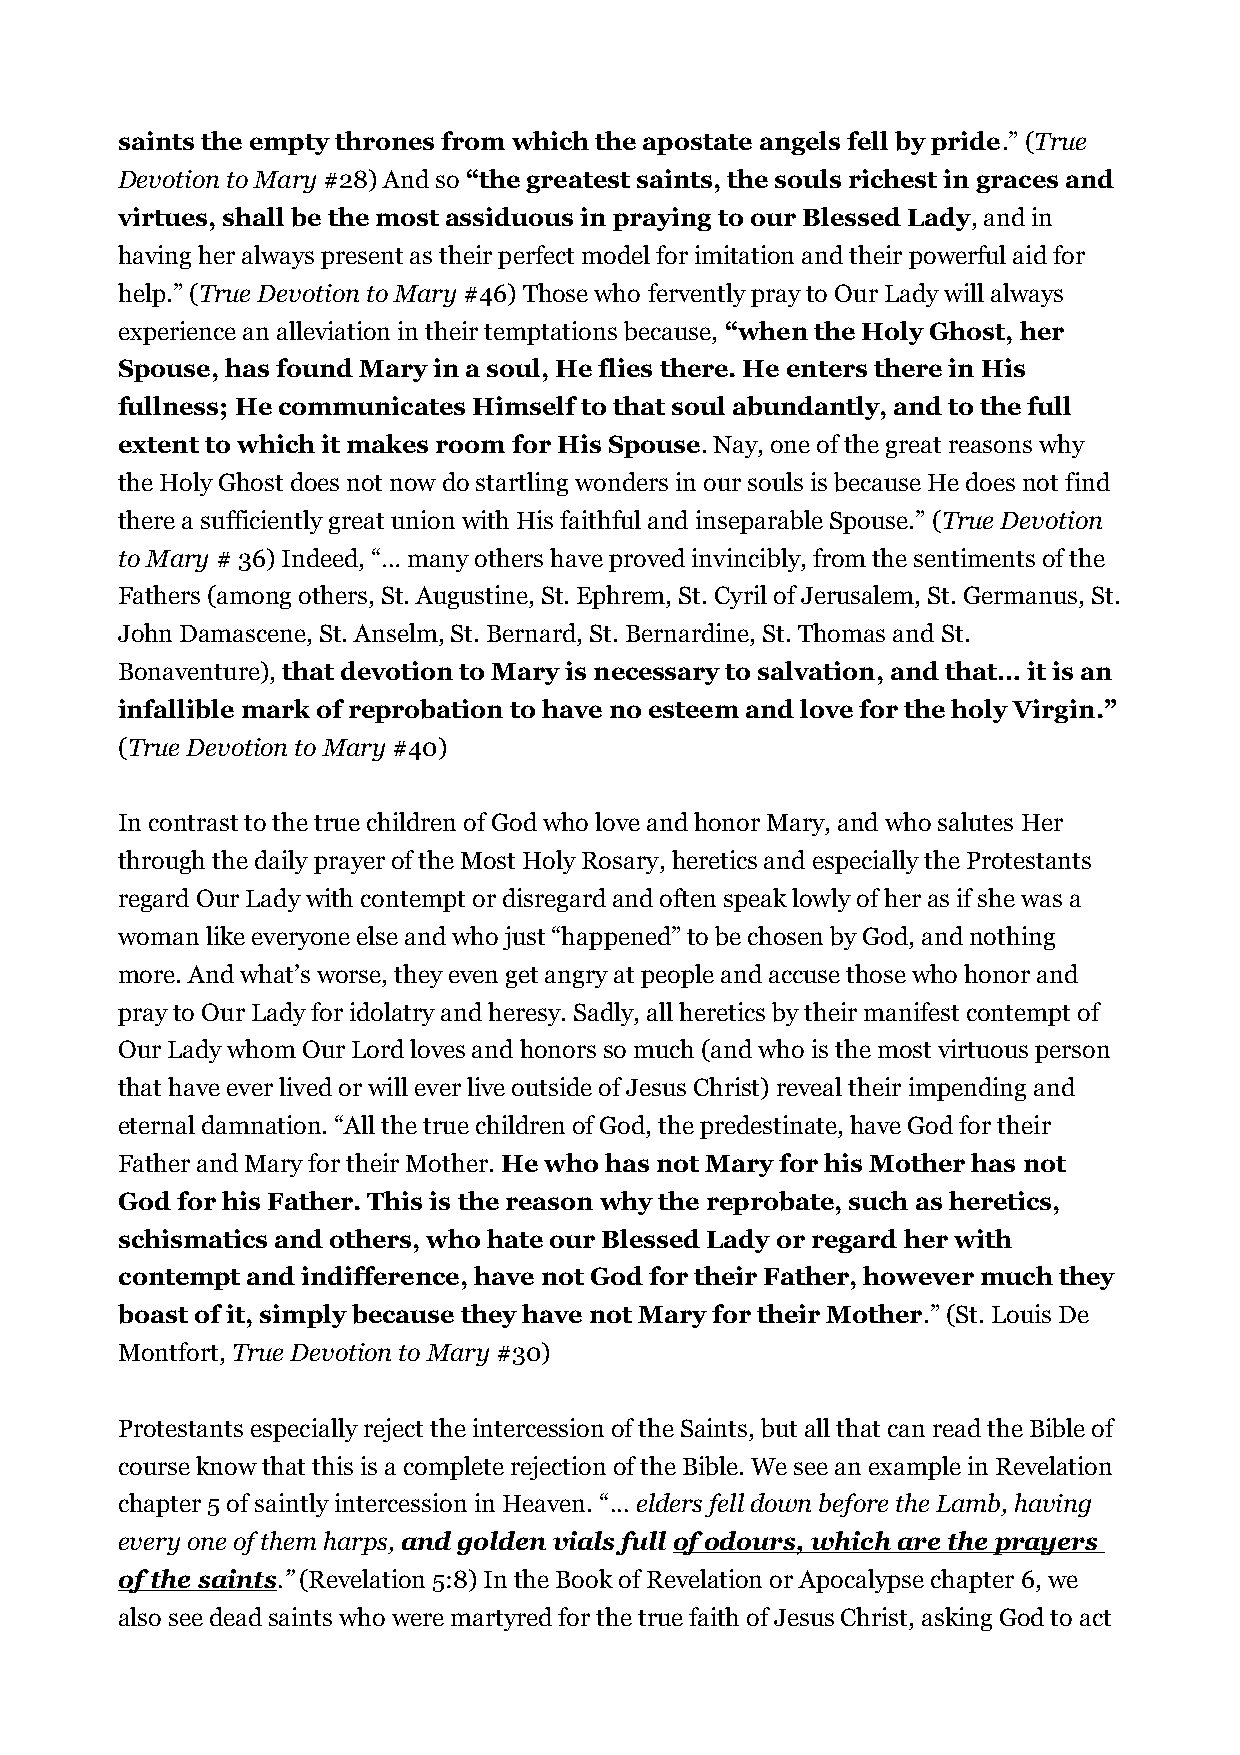
saints the empty thrones from which the apostate angels fell by pride.” (True
 Devotion to Mary #28) And so “the greatest saints, the souls richest in graces and
 virtues, shall be the most assiduous in praying to our Blessed Lady, and in
 having her always present as their perfect model for imitation and their powerful aid for
 help.” (True Devotion to Mary #46) Those who fervently pray to Our Lady will always
 experience an alleviation in their temptations because, “when the Holy Ghost, her
 Spouse, has found Mary in a soul, He flies there. He enters there in His
 fullness; He communicates Himself to that soul abundantly, and to the full
 extent to which it makes room for His Spouse. Nay, one of the great reasons why
 the Holy Ghost does not now do startling wonders in our souls is because He does not find
 there a sufficiently great union with His faithful and inseparable Spouse.” (True Devotion
 to Mary # 36) Indeed, “… many others have proved invincibly, from the sentiments of the
 Fathers (among others, St. Augustine, St. Ephrem, St. Cyril of Jerusalem, St. Germanus, St.
 John Damascene, St. Anselm, St. Bernard, St. Bernardine, St. Thomas and St.
 Bonaventure), that devotion to Mary is necessary to salvation, and that… it is an
 infallible mark of reprobation to have no esteem and love for the holy Virgin.”
 (True Devotion to Mary #40)
 In contrast to the true children of God who love and honor Mary, and who salutes Her
 through the daily prayer of the Most Holy Rosary, heretics and especially the Protestants
 regard Our Lady with contempt or disregard and often speak lowly of her as if she was a
 woman like everyone else and who just “happened” to be chosen by God, and nothing
 more. And what’s worse, they even get angry at people and accuse those who honor and
 pray to Our Lady for idolatry and heresy. Sadly, all heretics by their manifest contempt of
 Our Lady whom Our Lord loves and honors so much (and who is the most virtuous person
 that have ever lived or will ever live outside of Jesus Christ) reveal their impending and
 eternal damnation. “All the true children of God, the predestinate, have God for their
 Father and Mary for their Mother. He who has not Mary for his Mother has not
 God for his Father. This is the reason why the reprobate, such as heretics,
 schismatics and others, who hate our Blessed Lady or regard her with
 contempt and indifference, have not God for their Father, however much they
 boast of it, simply because they have not Mary for their Mother.” (St. Louis De
 Montfort, True Devotion to Mary #30)
 Protestants especially reject the intercession of the Saints, but all that can read the Bible of
 course know that this is a complete rejection of the Bible. We see an example in Revelation
 chapter 5 of saintly intercession in Heaven. “... elders fell down before the Lamb, having
 every one of them harps, and golden vials full of odours, which are the prayers
 of the saints.” (Revelation 5:8) In the Book of Revelation or Apocalypse chapter 6, we
 also see dead saints who were martyred for the true faith of Jesus Christ, asking God to act